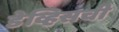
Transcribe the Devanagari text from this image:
डेव्हिसची